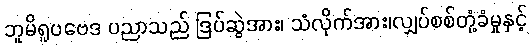
ဘူမိရူပဗေဒ ပညာသည် ဒြပ်ဆွဲအား၊ သံလိုက်အား၊လျှပ်စစ်တုံ့ခံမှုနှင့်